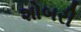
શોબરી